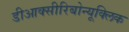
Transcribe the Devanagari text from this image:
डीआक्सीरिबोन्यूक्लिक